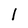
Character: 1